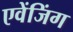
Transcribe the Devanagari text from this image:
एवेंजिंग